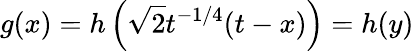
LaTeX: g(x)=h\left(\sqrt{2}t^{-1/4}(t-x)\right)=h(y)